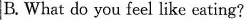
B.What do you feel like eating?